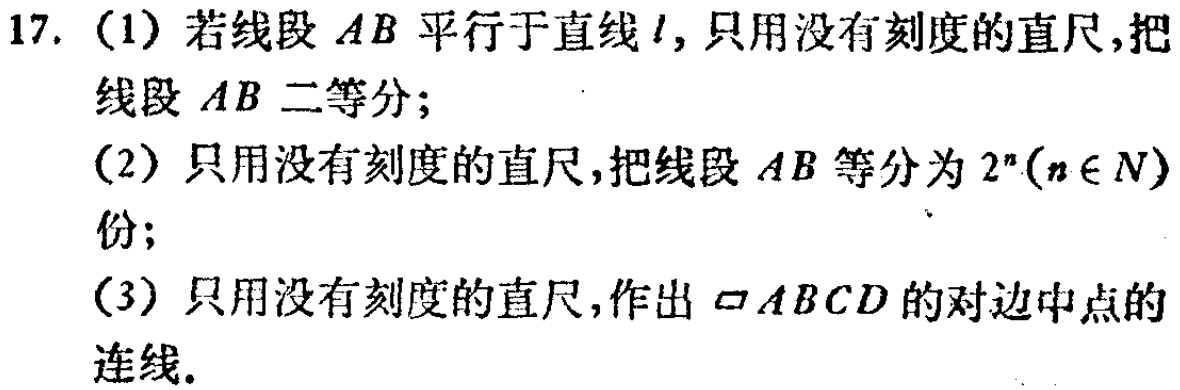
17. (1) 若线段 \(AB\) 平行于直线 \(l\)，只用没有刻度的直尺，把线段 \(AB\) 二等分；

(2) 只用没有刻度的直尺，把线段 \(AB\) 等分为 \(2^{n}(n\in N)\) 份；

(3) 只用没有刻度的直尺，作出 \(\square ABCD\) 的对边中点的连线。